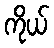
ကိုယ်